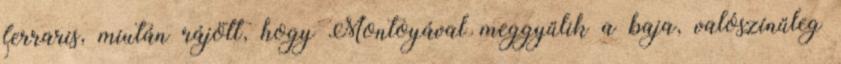
ferraris, miután rájött, hogy Montoyával meggyűlik a baja, valószínűleg